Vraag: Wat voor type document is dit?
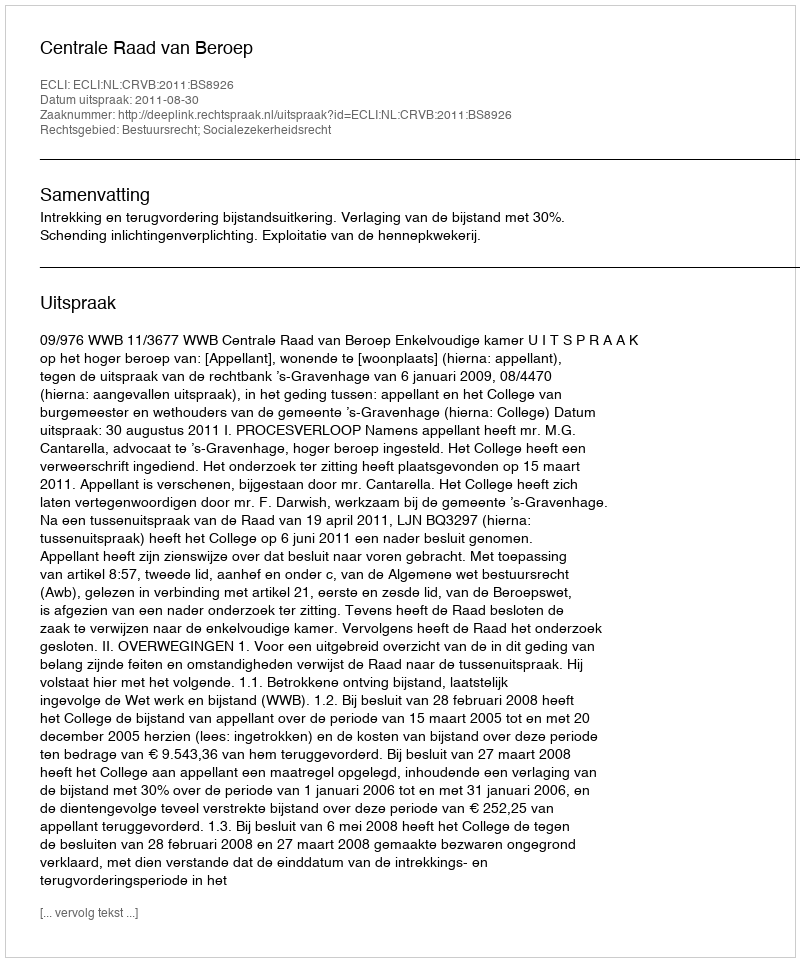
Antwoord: Uitspraak